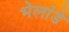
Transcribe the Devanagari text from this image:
भेलांडे